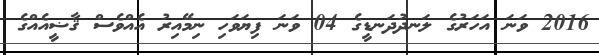
2016 ވަނަ އަހަރުގެ ލަނދުދަނޑީގެ 04 ވަނަ ފިޔަވަހި ނިމޭއިރު އެއްވެސް ޤާޟީއެއްގެ